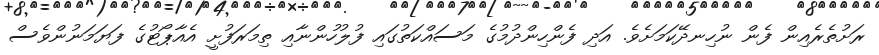
ރަށުތެރެއިން ފެން ނުހިނދޭކަމަށެވެ. އަދި ފެންހިންދުމުގެ މަސައްކަތުގައި ފުލުހުންނާއި ތިމަރަފުށީ އެއާޕޯޓުގެ ފަޔަމަނުންވެސް